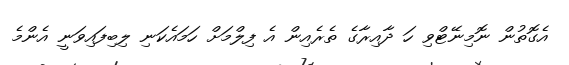
އެގޮތުން ނޮމިނޭޓްވި ހަ ދާއިރާގެ ތެރެއިން އެ ފިލްމަށް ހަމައެކަނި ލިބިފައިވަނީ އެންމެ